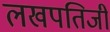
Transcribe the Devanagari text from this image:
लखपतिजी